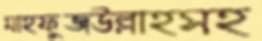
মাহফুজউল্লাহসহ